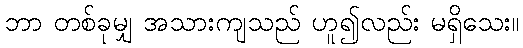
ဘာ တစ်ခုမျှ အသားကျသည် ဟူ၍လည်း မရှိသေး။